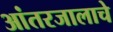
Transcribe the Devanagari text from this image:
आंतरजालाचे